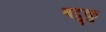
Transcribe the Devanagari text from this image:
बदुकु